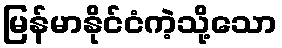
မြန်မာနိုင်ငံကဲ့သို့သော